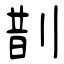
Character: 剒